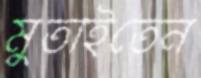
মুতাইতেন